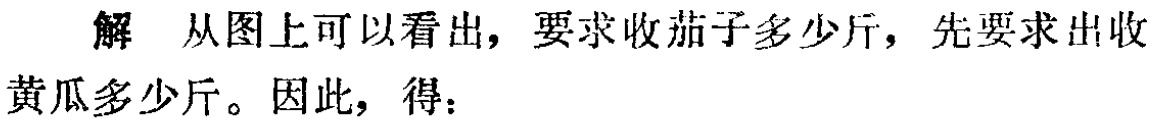
解 从图上可以看出，要求收茄子多少斤，先要求出收黄瓜多少斤。因此，得：